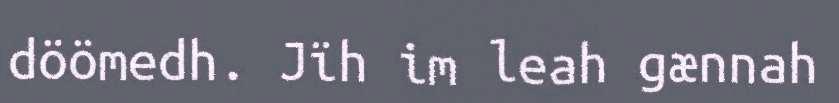
döömedh. Jïh im leah gænnah